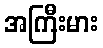
အကြီးမား